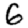
Digit: 6